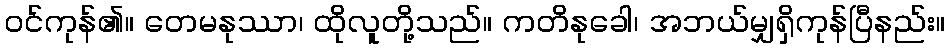
ဝင်ကုန်၏။ တေမနုဿာ၊ ထိုလူတို့သည်။ ကတိနုခေါ၊ အဘယ်မျှရှိကုန်ပြီနည်း။